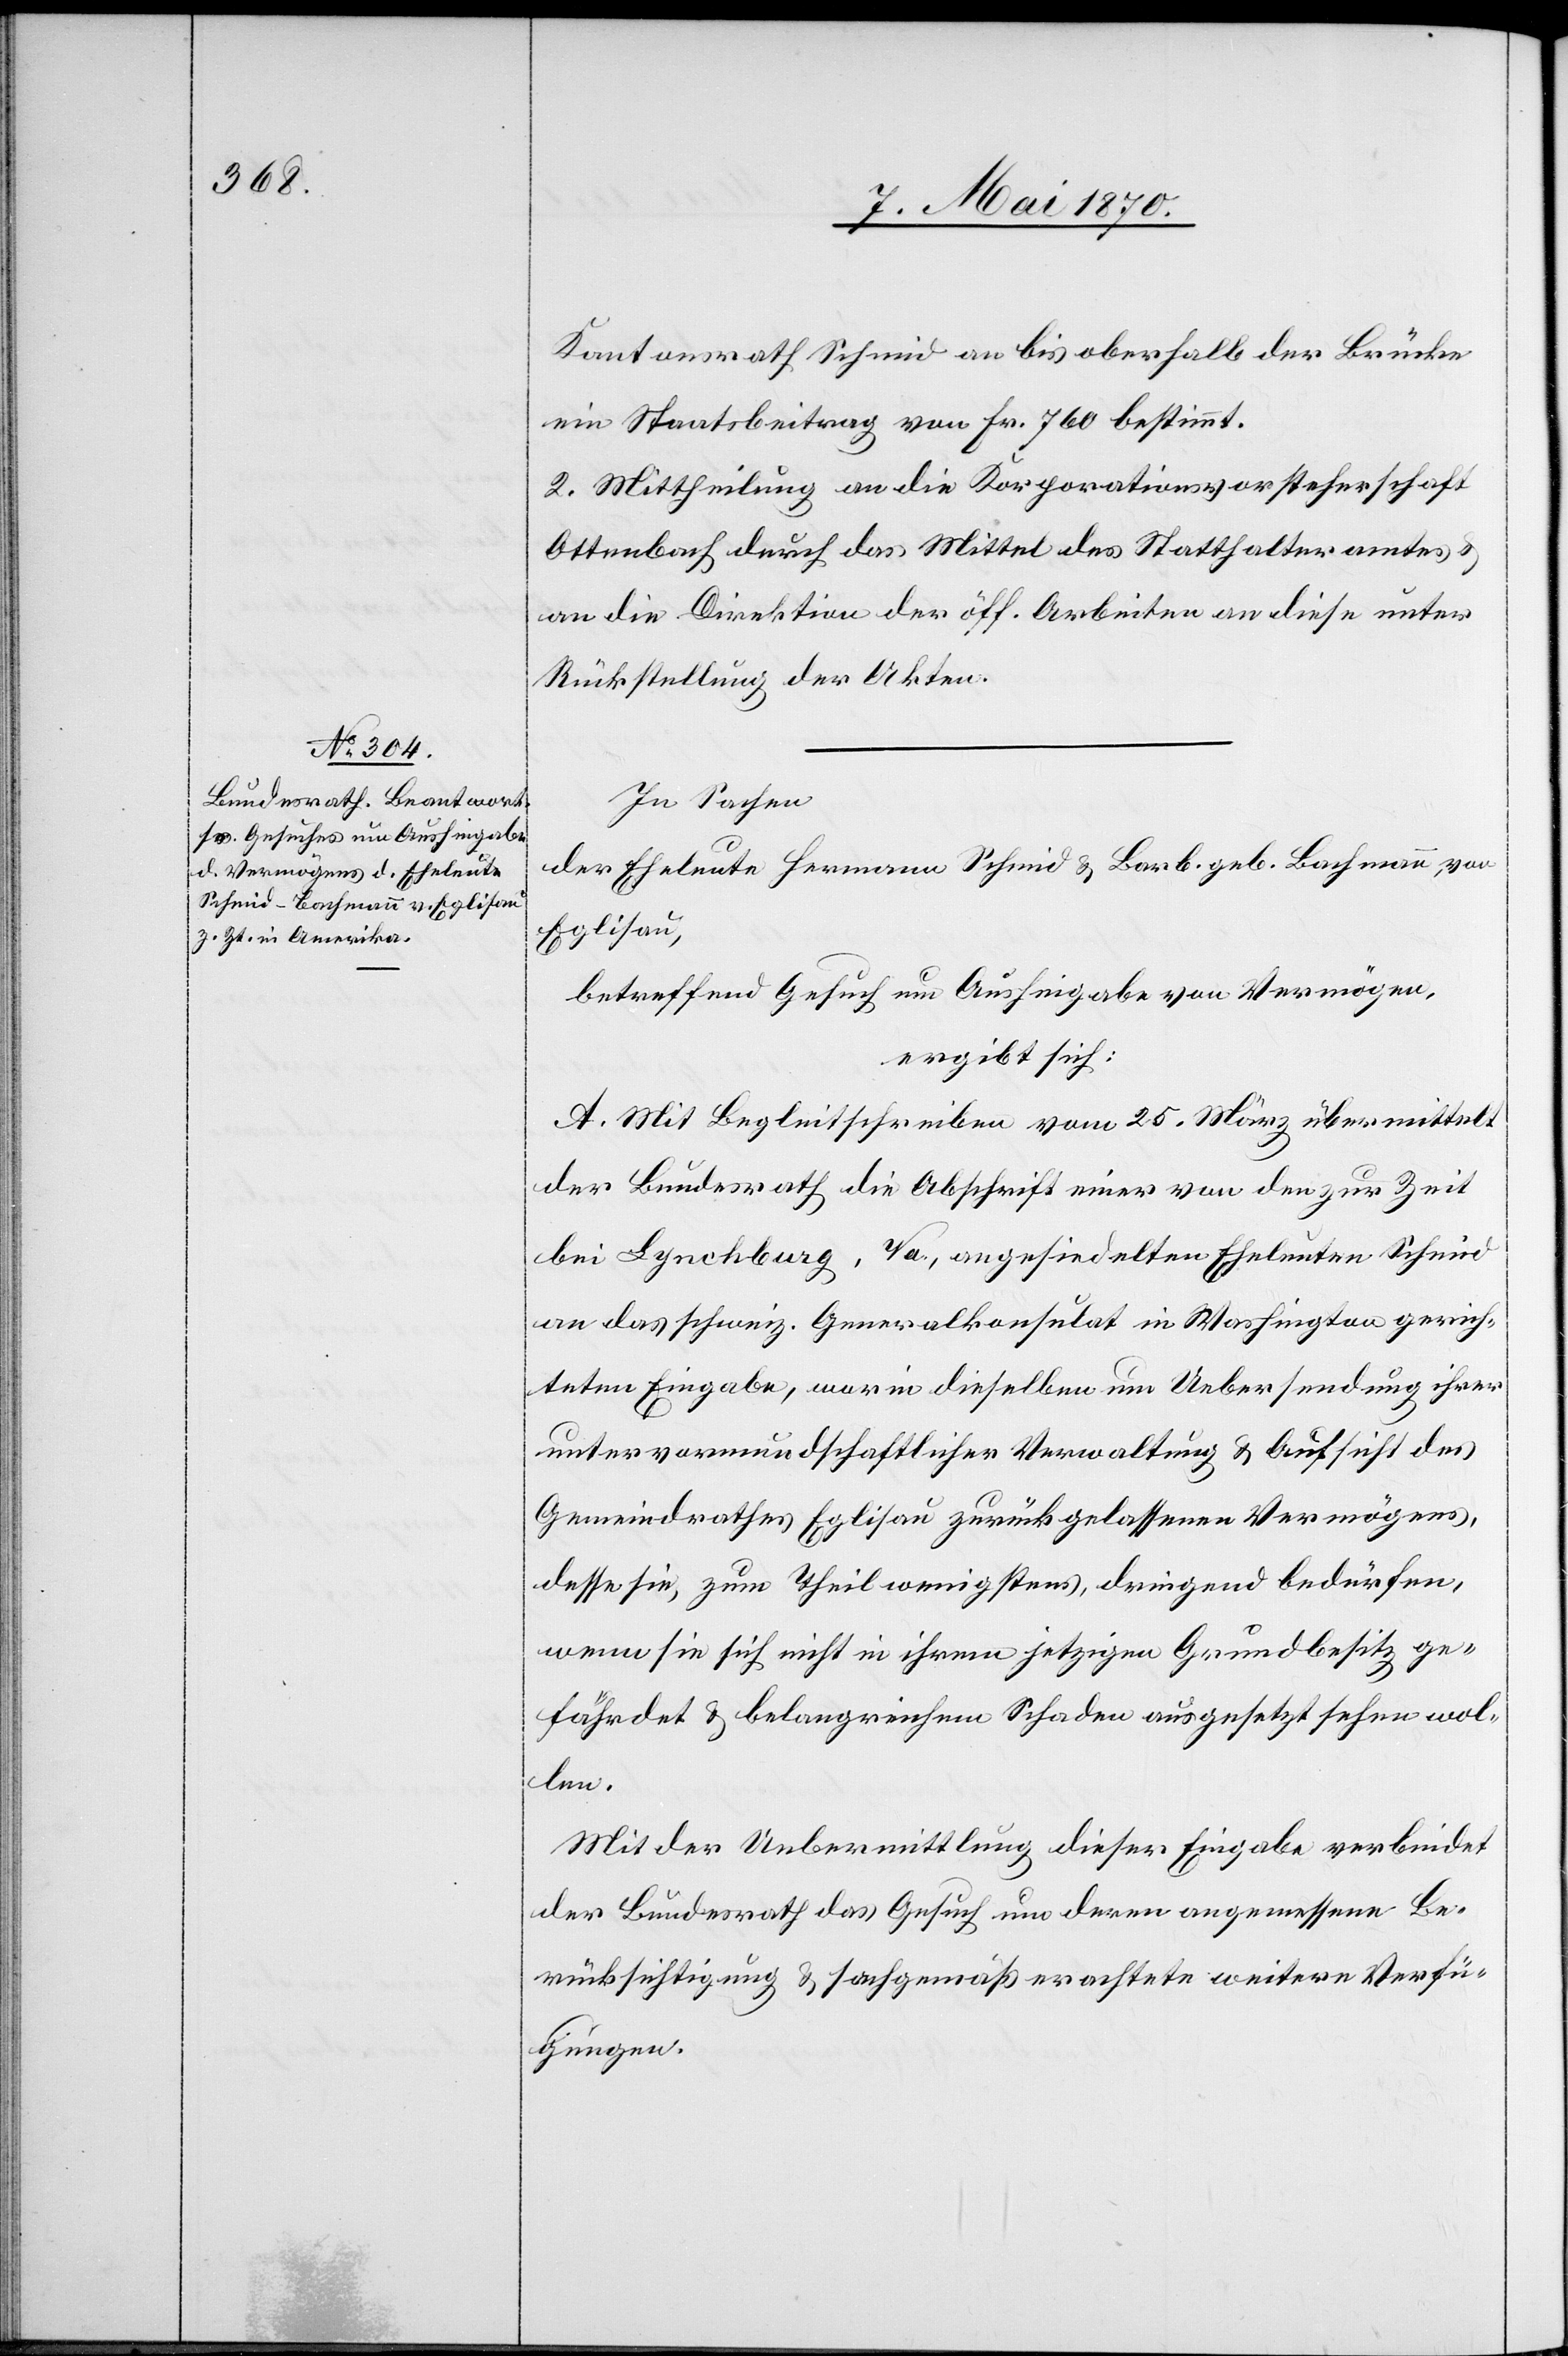
Kantonsrath Schmid an bis oberhalb der Brücke
ein Staatsbeitrag von Fr. 760 bestimmt.
2. Mittheilung an die Korporationsvorsteherschaft
Ottenbach durch das Mittel des Statthalteramtes &
an die Direktion der öff. Arbeiten[,] an diese unter
Rückstellung der Akten.
In Sachen
der Eheleute Hermann Schmid & Barb. geb. Bachmann, von
Eglisau,
betreffend Gesuch um Aushingabe von Vermögen,
ergibt sich:
A. Mit Begleitschreiben vom 25. März übermittelt
der Bundesrath die Abschrift einer von den zur Zeit
bei Lynchburg, Va., angesiedelten Eheleute Schmid
an das schweiz. Generalkonsulat in Washington gerich¬
teten Eingabe, worin dieselben um Uebersendung ihrer
unter vormundschaftlicher Verwaltung & Aufsicht des
Gemeindrathes Eglisau zurückgelassenen Vermögens,
desse[n] sie, zum Theil wenigstens, dringend bedürfen,
wenn sie sich nicht in ihrem jetzigen Grundbesitz ge¬
fährdet & belangreichem Schaden ausgesetzt sehen wol¬
len.
Mit der Uebermittlung dieser Eingabe verbindet
der Bundesrath das Gesuch um deren angemessenen Be¬
rücksichtigung & sachgemäß erachtete weitere Verfü¬
gungen.